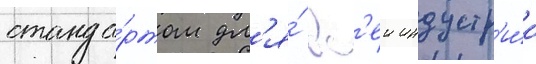
станда́ртом дл'я́ вс'еи индустр'и́и